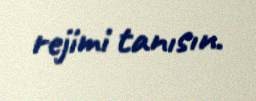
rejimi tanısın.